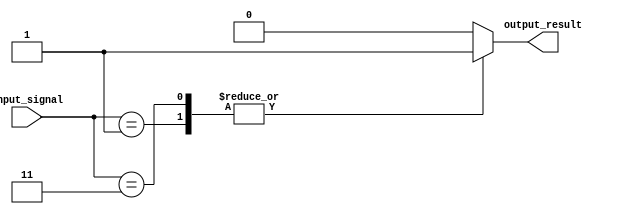
module parallel_case_example(
    input wire [2:0] input_signal,
    output reg output_result
);

always @*
begin
    case(input_signal)
        3'b000: // Case when input_signal is 000
            begin
                // Block of code for case 000
                output_result = 0;
            end
        3'b001: // Case when input_signal is 001
            begin
                // Block of code for case 001
                output_result = 1;
            end
        3'b010: // Case when input_signal is 010
            begin
                // Block of code for case 010
                output_result = 0;
            end
        3'b011: // Case when input_signal is 011
            begin
                // Block of code for case 011
                output_result = 1;
            end
        default: // Default case for all other inputs
            begin
                // Default code block
                output_result = 0;
            end
    endcase
end

endmodule